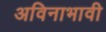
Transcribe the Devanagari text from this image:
अविनाभावी